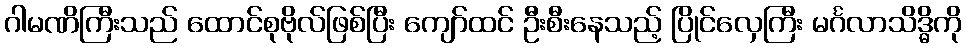
ဂါမဏိကြီးသည် ထောင်စုဗိုလ်ဖြစ်ပြီး ကျော်ထင် ဦးစီးနေသည့် ပြိုင်လှေကြီး မင်္ဂလာသိဒ္ဓိကို